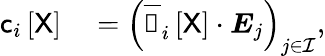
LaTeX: \begin{array}{rl}{\mathsf{c}_{i}\left[\mathsf{X}\right]}&{{}=\left(\overline{{\boldsymbol{\mathscr{C}}}}_{i}\left[\mathsf{X}\right]\cdot\boldsymbol{E}_{j}\right)_{j\in\mathcal{I}},}\end{array}